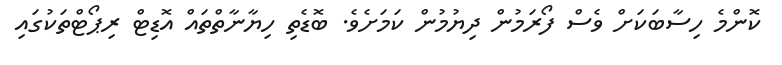
ކޮންމެ ހިސާބަކަށް ވެސް ފޯރަމުން ދިޔުމުން ކަމަށެވެ. ބޮޑެތި ހިޔާނާތްތައް އޮޑިޓް ރިޕޯޓްތަކުގައި